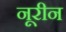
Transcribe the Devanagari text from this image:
नूरीन